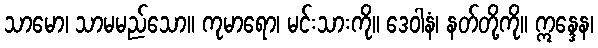
သာမော၊ သာမမည်သော။ ကုမာရော၊ မင်းသားကို။ ဒေဝါနံ၊ နတ်တို့ကို။ ဣန္ဒေန၊